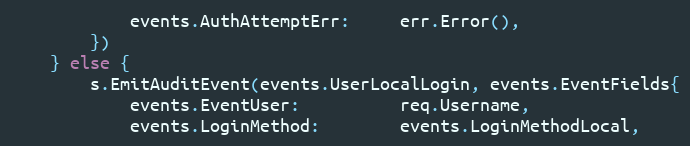
Language: Go
			events.AuthAttemptErr:     err.Error(),
		})
	} else {
		s.EmitAuditEvent(events.UserLocalLogin, events.EventFields{
			events.EventUser:          req.Username,
			events.LoginMethod:        events.LoginMethodLocal,